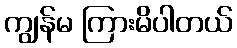
ကျွန်မ ကြားမိပါတယ်